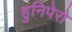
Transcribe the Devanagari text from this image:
हुनिपेरो